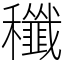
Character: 䆎